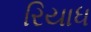
રિયાધ